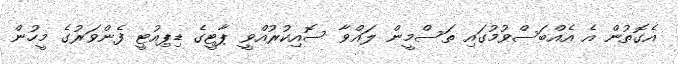
އެގޮތުން އެ އެއްބަސްވުމުގައި ތަސްމީން ލައްވާ ސޮއިކުރުއްވީ ޕާޓީގެ ޑިޕިއުޓީ ފެންވަރުގެ މީހުން